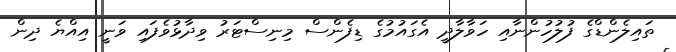
ތައިލެންޑްގެ ފުލުހުންނާއި ހަވާލާދީ އެގައުމުގެ ޑިފެންސް މިނިސްޓަރު ވިދާޅުވެފައި ވަނީ އިއްޔެ ދިން